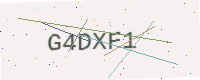
Text: G4DXF1